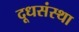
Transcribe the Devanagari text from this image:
दूधसंस्था